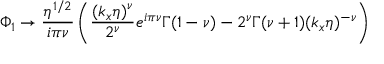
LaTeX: \Phi _ { 1 } \rightarrow \frac { \eta ^ { 1 / 2 } } { i \pi \nu } \left( \frac { ( k _ { x } \eta ) ^ { \nu } } { 2 ^ { \nu } } e ^ { i \pi \nu } \Gamma ( 1 - \nu ) - 2 ^ { \nu } \Gamma ( \nu + 1 ) ( k _ { x } \eta ) ^ { - \nu } \right)